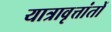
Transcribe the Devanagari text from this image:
यात्रावृत्तांतों